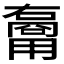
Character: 𱰢